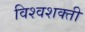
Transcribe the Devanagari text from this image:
विश्वशक्ती